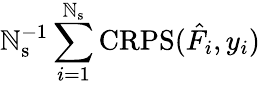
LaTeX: \mathbb{N}_{\mathrm{{s}}}^{-1}\sum_{i=1}^{\mathbb{N}_{\mathrm{{s}}}}\mathrm{{CRPS}}(\hat{{F}}_{i},y_{i})